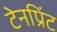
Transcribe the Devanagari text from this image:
टेनप्रिंट